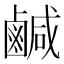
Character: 鹹